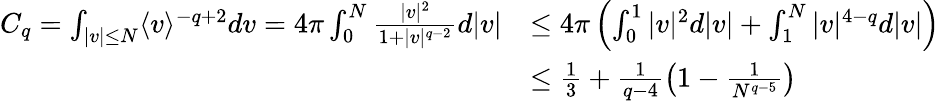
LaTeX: \begin{array}{rl}{C_{q}=\int_{\vert v\vert\leq N}\langle v\rangle^{-q+2}dv=4\pi\int_{0}^{N}\frac{|v|^{2}}{1+|v|^{q-2}}d|v|}&{\leq 4\pi\left(\int_{0}^{1}|v|^{2}d|v|+\int_{1}^{N}|v|^{4-q}d|v|\right)}\\ &{\leq\frac{1}{3}+\frac{1}{q-4}\left(1-\frac{1}{N^{q-5}}\right)}\end{array}